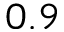
0 . 9